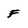
Character: F